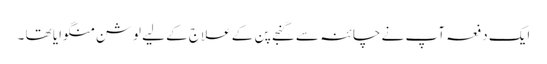
ایک دفعہ آپ نے چائنہ سے گنجے پن کے علاج کے لیے لوشن منگوایا تھا ۔